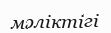
мәліктігі